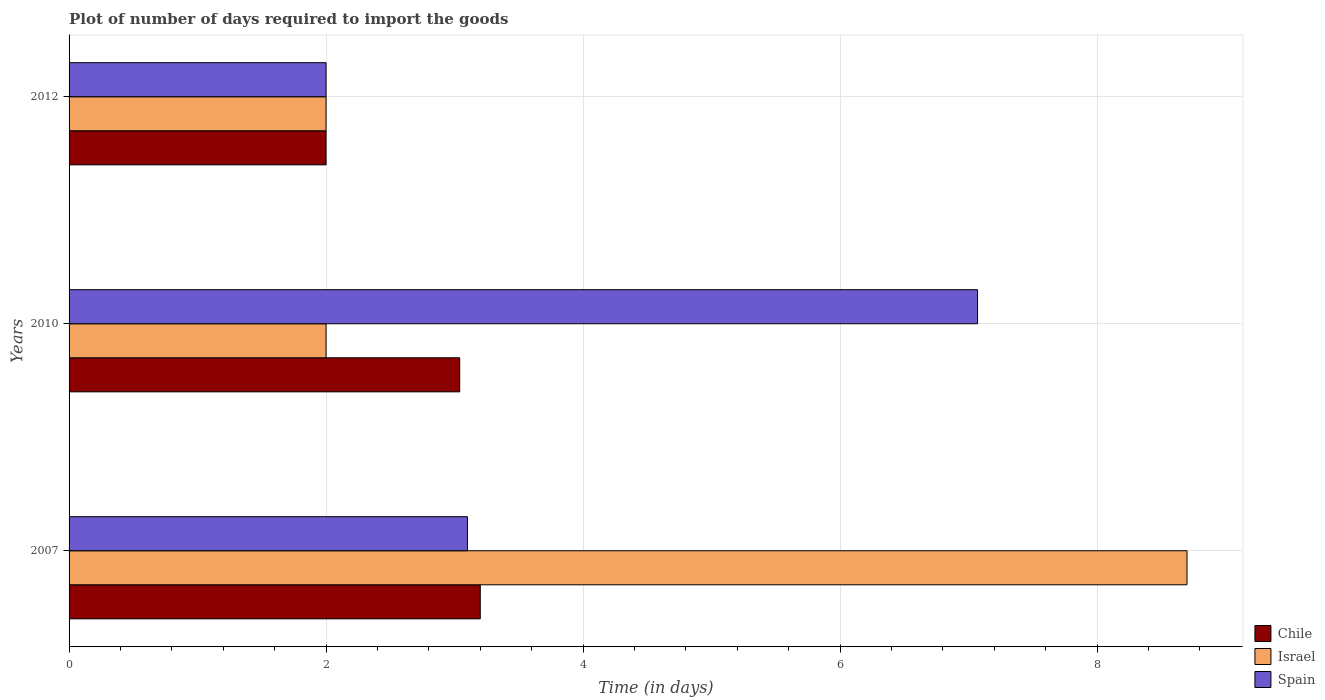
| Years | Chile | Israel | Spain |
 | --- | --- | --- | --- |
 | 2007 | 3.2 | 8.7 | 3.1 |
 | 2010 | 3.04 | 2 | 7.07 |
 | 2012 | 2 | 2 | 2 |